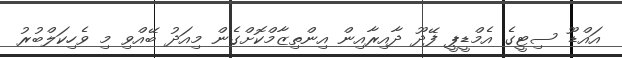
އައްޑޫ ސިޓީގެ އެމްޑީޕީ ފޭދޫ ދާއިރާއިން އިންތިޒާމްކޮށްގެން މިއަދު ބޭއްވި މި ވެހިކަލްބުރު